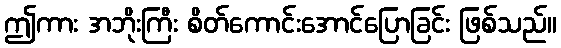
ဤကား အဘိုးကြီး စိတ်ကောင်းအောင်ပြောခြင်း ဖြစ်သည်။